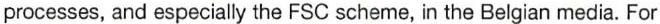
processes, and especially the FSC scheme,in the Belgian media. For